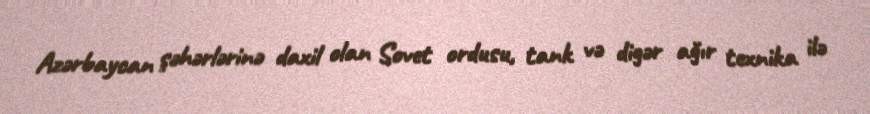
Azərbaycan şəhərlərinə daxil olan Sovet ordusu, tank və digər ağır texnika ilə